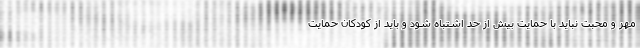
مهر و محبت نباید با حمایت بیش از حد اشتباه شود و باید از کودکان حمایت